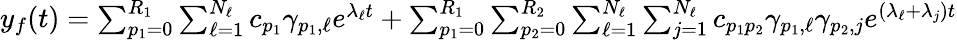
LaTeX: \begin{array}{r}{y_{f}(t)=\sum_{p_{1}=0}^{R_{1}}\sum_{\ell=1}^{N_{\ell}}c_{p_{1}}\gamma_{p_{1},\ell}e^{\lambda_{\ell}t}+\sum_{p_{1}=0}^{R_{1}}\sum_{p_{2}=0}^{R_{2}}\sum_{\ell=1}^{N_{\ell}}\sum_{j=1}^{N_{\ell}}c_{p_{1}p_{2}}\gamma_{p_{1},\ell}\gamma_{p_{2},j}e^{(\lambda_{\ell}+\lambda_{j})t}}\end{array}